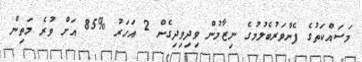
މަސައްކަތުގެ ފެންވަރުބެލުމުގެ ނިޒާމުން ވިދިވިދިގެން 2 އަހަރު %85 އަށް ވުރެ މަތިން